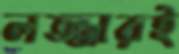
লজ্জারই